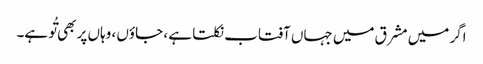
اگر میں مشرق میں جہاں آفتاب نکلتا ہے ، جاؤں ، وہاں پر بھی تُو ہے۔